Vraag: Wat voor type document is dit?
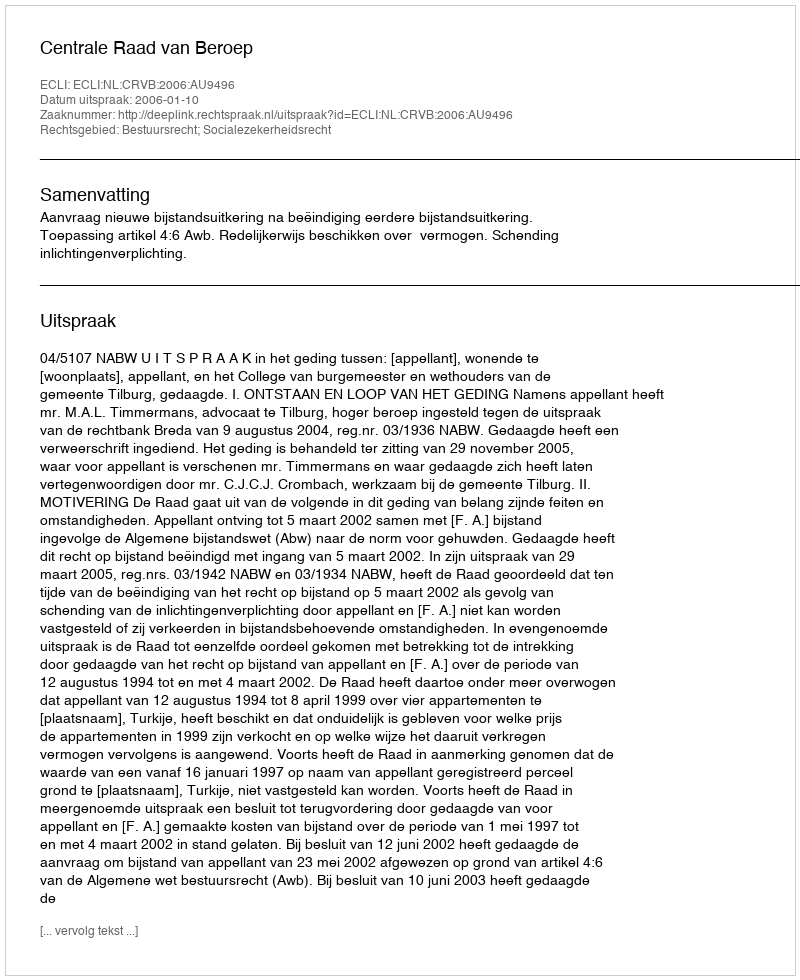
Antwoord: Uitspraak